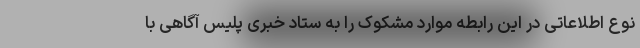
نوع اطلاعاتی در این رابطه موارد مشکوک را به ستاد خبری پلیس آگاهی با